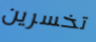
تخسرين